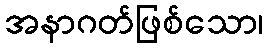
အနာဂတ်ဖြစ်သော၊